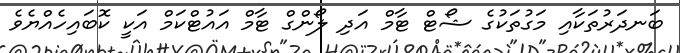
ބަނދަރުތަކާއި މަގުތަކުގެ ޝޯޓް ޓާމް އަދި ލޯންގް ޓާމް އައުޓްކަމް އަކީ ކޮބައިހެއްޔެވެ